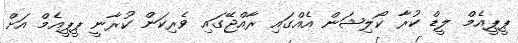
ޕީޕީއެމް ލީޑް ކުރާ ކޯލިޝަން އެއްގައި ރާއްޖޭގައި ވެރިކަން ކުރާނީ ޕީޕީއެމް އަށް